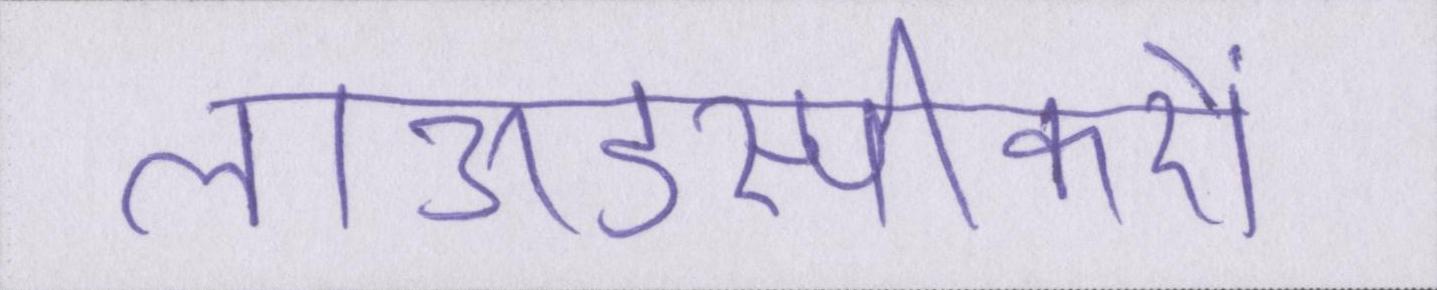
लाऊडस्पीकरों